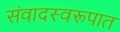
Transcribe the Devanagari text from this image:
संवादस्वरूपात